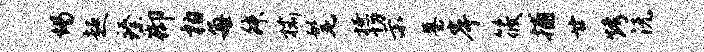
竭超臻御柏每舛榆髦撩切示墓岸筱捕廿烤沅